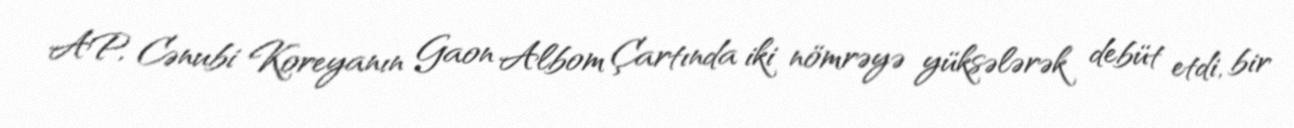
AP, Cənubi Koreyanın Gaon Albom Çartında iki nömrəyə yüksələrək debüt etdi, bir